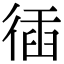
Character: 𢔣